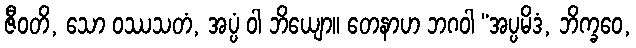
ဇီဝတိ, သော ဝဿသတံ, အပ္ပံ ဝါ ဘိယျော။ တေနာဟ ဘဂဝါ “အပ္ပမိဒံ, ဘိက္ခဝေ,